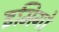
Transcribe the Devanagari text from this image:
इमिगो